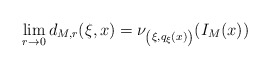
\begin{align*}\lim _{r \rightarrow 0} d _{M, r} ( \xi , x ) = \nu _{\left( \xi , q _\xi (x) \right)} ( I _M (x) )\end{align*}